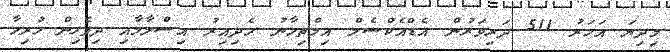
މިދިޔަ އަހަރު 511 ދަރިވަރުން އެޑްއެކްސެލް އިމްތިހާނު ހެދިއިރު އިސްލާމާއި ދިވެހިން ހުރިހާ